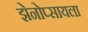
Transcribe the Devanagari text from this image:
झेनोप्सायला